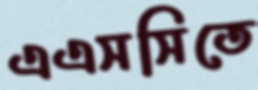
এএসসিতে